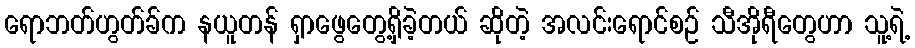
ရောဘတ်ဟွတ်ခ်က နယူတန် ရှာဖွေတွေ့ရှိခဲ့တယ် ဆိုတဲ့ အလင်းရောင်စဉ် သီအိုရီတွေဟာ သူ့ရဲ့